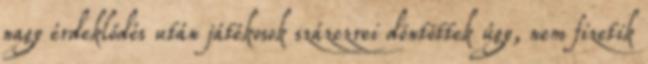
nagy érdeklődés után játékosok százezrei döntöttek úgy, nem fizetik